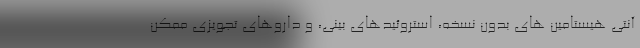
آنتی هیستامین های بدون نسخه، استروئیدهای بینی، و داروهای تجویزی ممکن